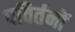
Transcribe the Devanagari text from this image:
पविर्तनों